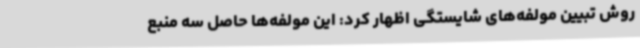
روش تبیین مولفه‌های شایستگی اظهار کرد: این مولفه‌ها حاصل سه منبع